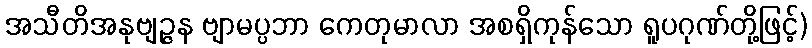
အသီတိအနုဗျဉ္ဇန ဗျာမပ္ပဘာ ကေတုမာလာ အစရှိကုန်သော ရူပဂုဏ်တို့ဖြင့်)